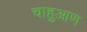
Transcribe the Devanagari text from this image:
चाहुआण